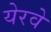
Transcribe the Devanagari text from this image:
येरवे